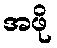
အဖို